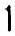
1